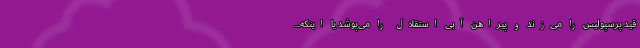
قید پرسپولیس را می‌زند و پیراهن آبی استقلال را می‌پوشد یا اینکه...